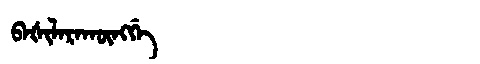
Manchu: ᠪᠠᡧᡳᠯᠠᡵᠠᡴᡡᠩᡤᡝ
Romanization: BAŠILARAKŪNGGE